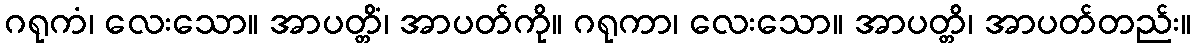
ဂရုကံ၊ လေးသော။ အာပတ္တိံ၊ အာပတ်ကို။ ဂရုကာ၊ လေးသော။ အာပတ္တိ၊ အာပတ်တည်း။